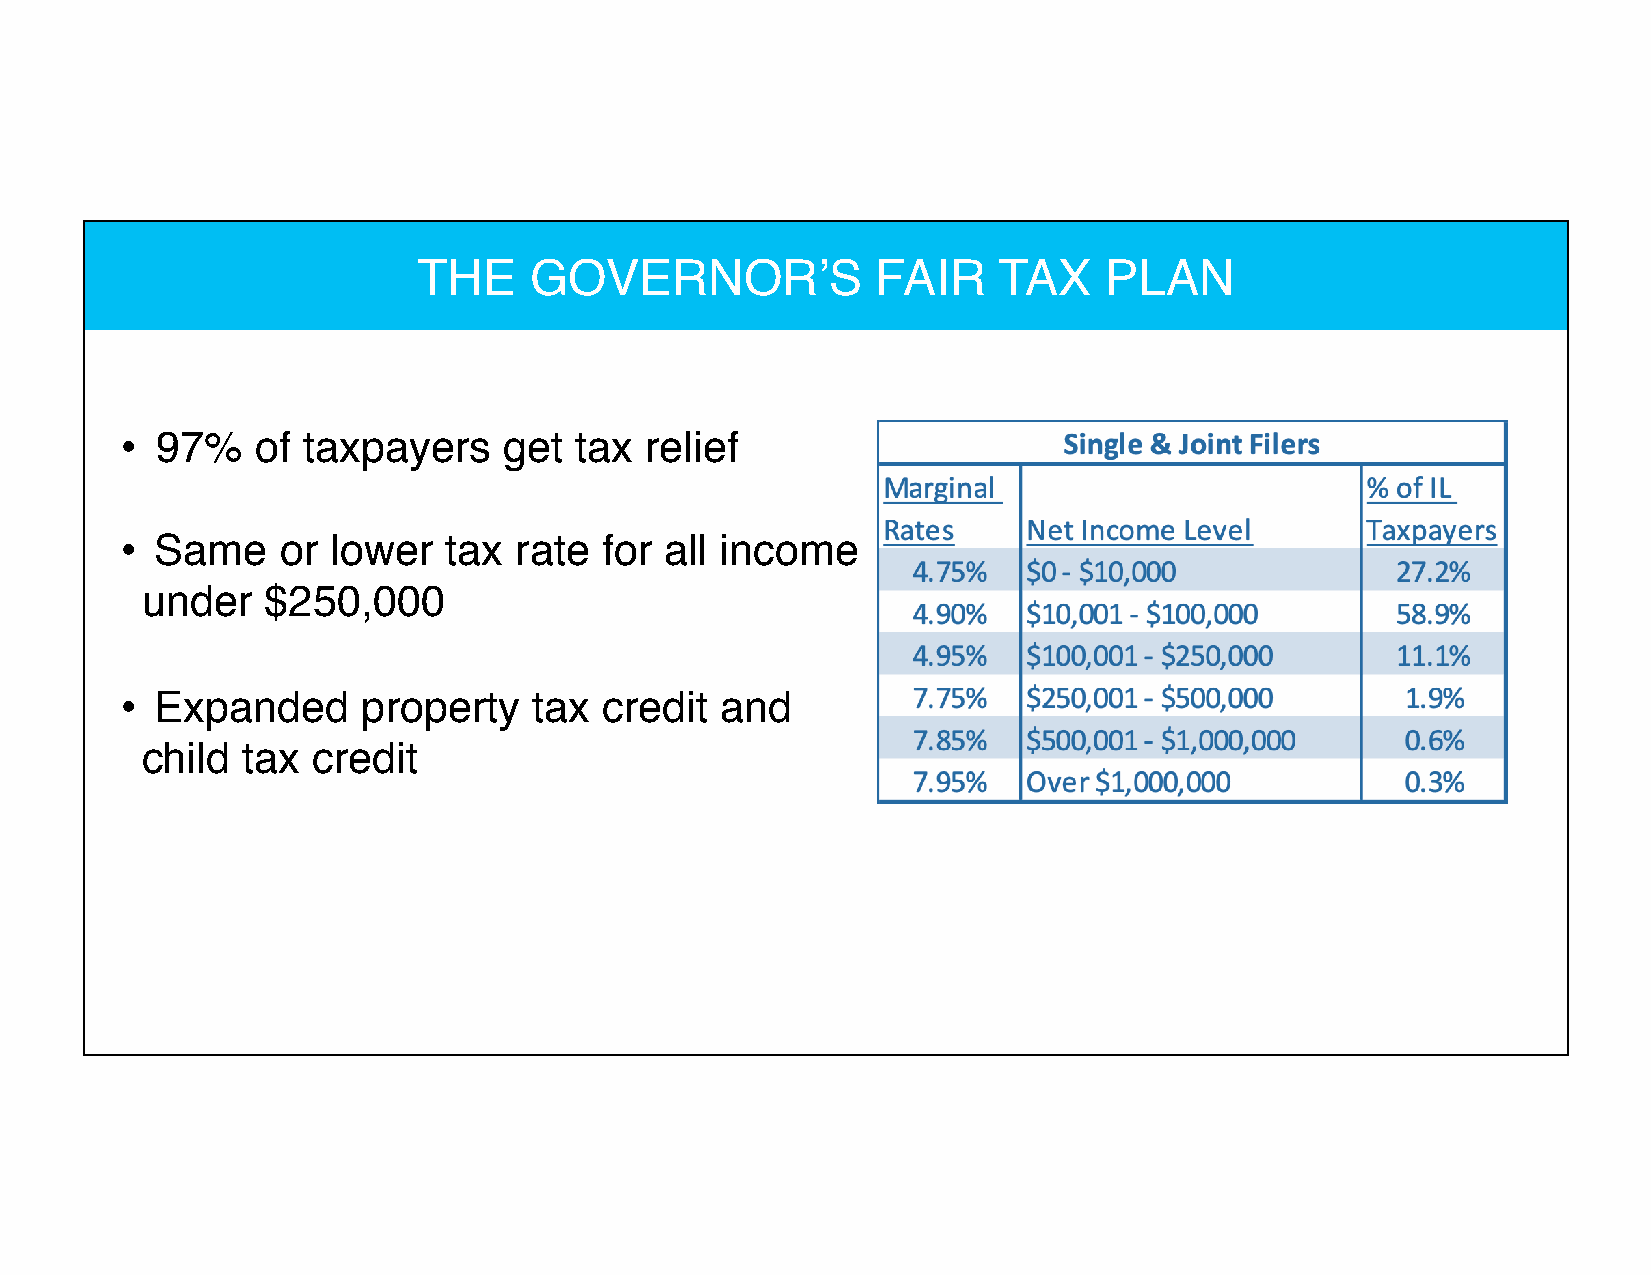
THE    GOVERNOR’S             FAIR    TAX    PLAN
 • 97%    of taxpayers    get  tax  relief
 • Same    or  lower  tax  rate  for all income
 under   $250,000
 • Expanded      property   tax  credit  and
 child  tax  credit